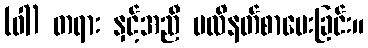
(ဝါ) တရား နှင့်အညီ ဗလိနတ်စာပေးခြင်း။